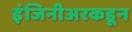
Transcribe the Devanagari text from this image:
इंजिनीअरकडून